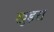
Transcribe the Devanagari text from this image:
खुड़रा